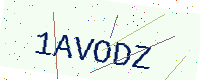
Text: 1AVODZ